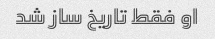
او فقط تاریخ ساز شد